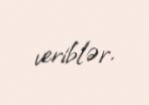
veriblər.